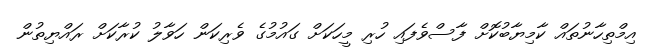
އިމްތިހާނުތައް ކާމިޔާބުކޮށް ފާސްވެފައި ހުރި މީހަކަށް ގައުމުގެ ވެރިކަން ހަވާލު ކުރާކަށް ރައްޔިތުން